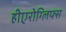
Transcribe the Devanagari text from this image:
हीएरोग्लिफ्स